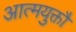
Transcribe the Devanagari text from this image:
आत्मयुक्तौ